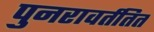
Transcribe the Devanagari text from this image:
पुनरावर्ततित